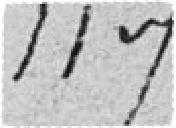
117